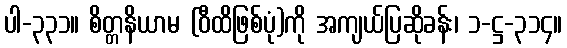
ပါ-၃၃၁။ စိတ္တနိယာမ (ဝီထိဖြစ်ပုံ)ကို အကျယ်ပြဆိုခန်း၊ ၁-ဋ္ဌ-၃၁၄။